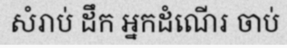
សំរាប់ ដឹក អ្នកដំណើរ ចាប់